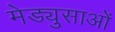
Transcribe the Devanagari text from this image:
मेड्युसाओं